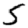
Digit: 5